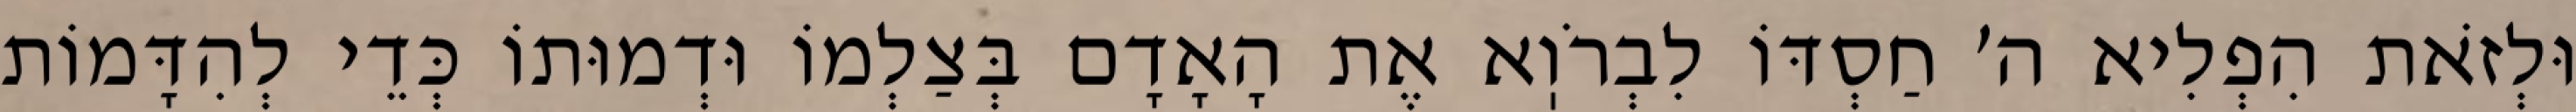
וּלְזֹאת הִפְלִיא ה׳ חַסְדּוֹ לִבְרֹוֽא אֶת הָאָדָם בְּצַלְמוֹ וּדְמוּתוֹ כְּדֵי לְהִדָּמוֹת